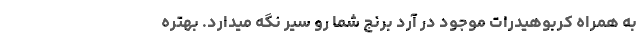
به همراه کربوهیدرات موجود در آرد برنج شما رو سیر نگه میدارد. بهتره